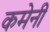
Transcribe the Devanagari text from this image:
कमेनी